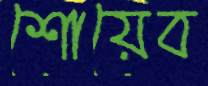
শোয়েব